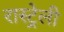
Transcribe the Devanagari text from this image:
रास्ट्रेली